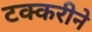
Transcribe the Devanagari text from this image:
टक्करीने